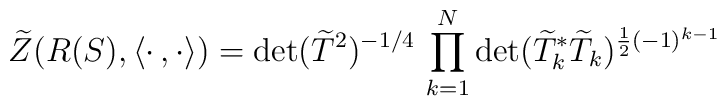
\widetilde{Z}(R(S),\langle\cdot\,,\cdot\rangle)=\det(\widetilde{T}^2)^{-1/4}\,\prod_{k=1}^N\det(\widetilde{T}_k^*\widetilde{T}_k)^{\frac{1}{2}(-1)^{k-1}}